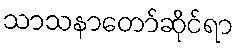
သာသနာတော်ဆိုင်ရာ